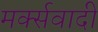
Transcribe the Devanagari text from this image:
मर्क्सवादी